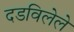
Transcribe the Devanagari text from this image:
दडविलेले